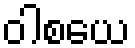
ဝါစယေ